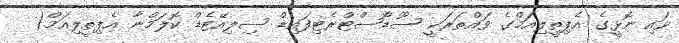
ވައި ނޮޅީގެ އެޕިތީލިއަމްގެ ވައްތަރަކީ ސޫޑޯސްޓްރެޓިފައިޑް ސިލިއޭޓެޑް ކޮލަމްނާ އެޕިތީލިއަމް(